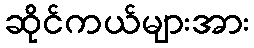
ဆိုင်ကယ်များအား